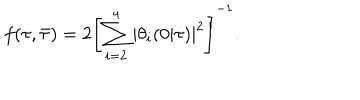
LaTeX: f ( \tau , \bar { \tau } ) = 2 \left[ \sum _ { i = 2 } ^ { 4 } | \theta _ { i } ( 0 | \tau ) | ^ { 2 } \right] ^ { - 1 } .